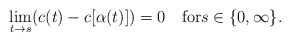
\begin{align*}\lim_{t\to s}(c(t)-c[\alpha(t)])=0\quad\mbox{for}s\in\{0,\infty\}.\end{align*}